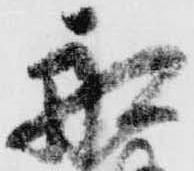
船